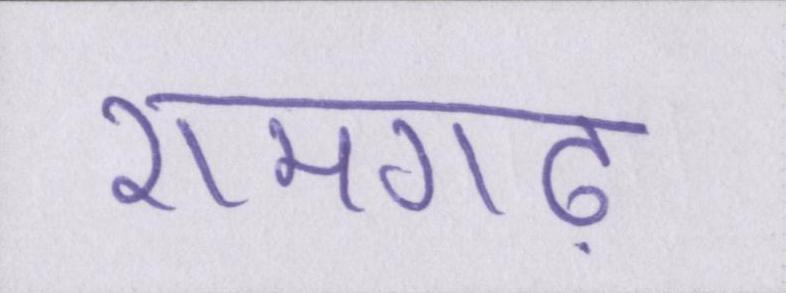
रामगढ़